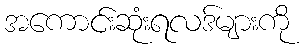
အကောင်းဆုံးရလဒ်များကို